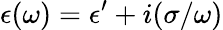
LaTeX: \epsilon(\omega)=\epsilon^{\prime}+i(\sigma/\omega)